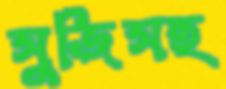
সুজিসহ